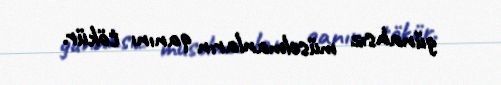
günahsız müsəlmanların qanını tökür.